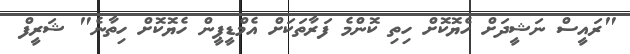
"ރައީސް ނަޝީދަށް ހެޔޮކޮށް ހިތި ކޮންމެ ފަރާތަކަށް އެމްޑީޕީން ހެޔޮކޮށް ހިތާނެ" ޝަރީފް